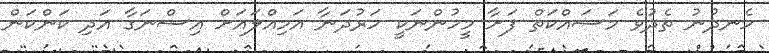
ހެނދުނު ތެދުވެ މަސައްކަތް ފަށާ މީހުންނަކީ ހަރުދަނާ އަމިއްލައަށް އިސްނަގާ އަދި ކަންކަން